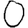
Digit: 0